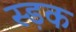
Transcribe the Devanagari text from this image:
स्ड़क